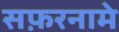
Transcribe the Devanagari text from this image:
सफ़रनामे